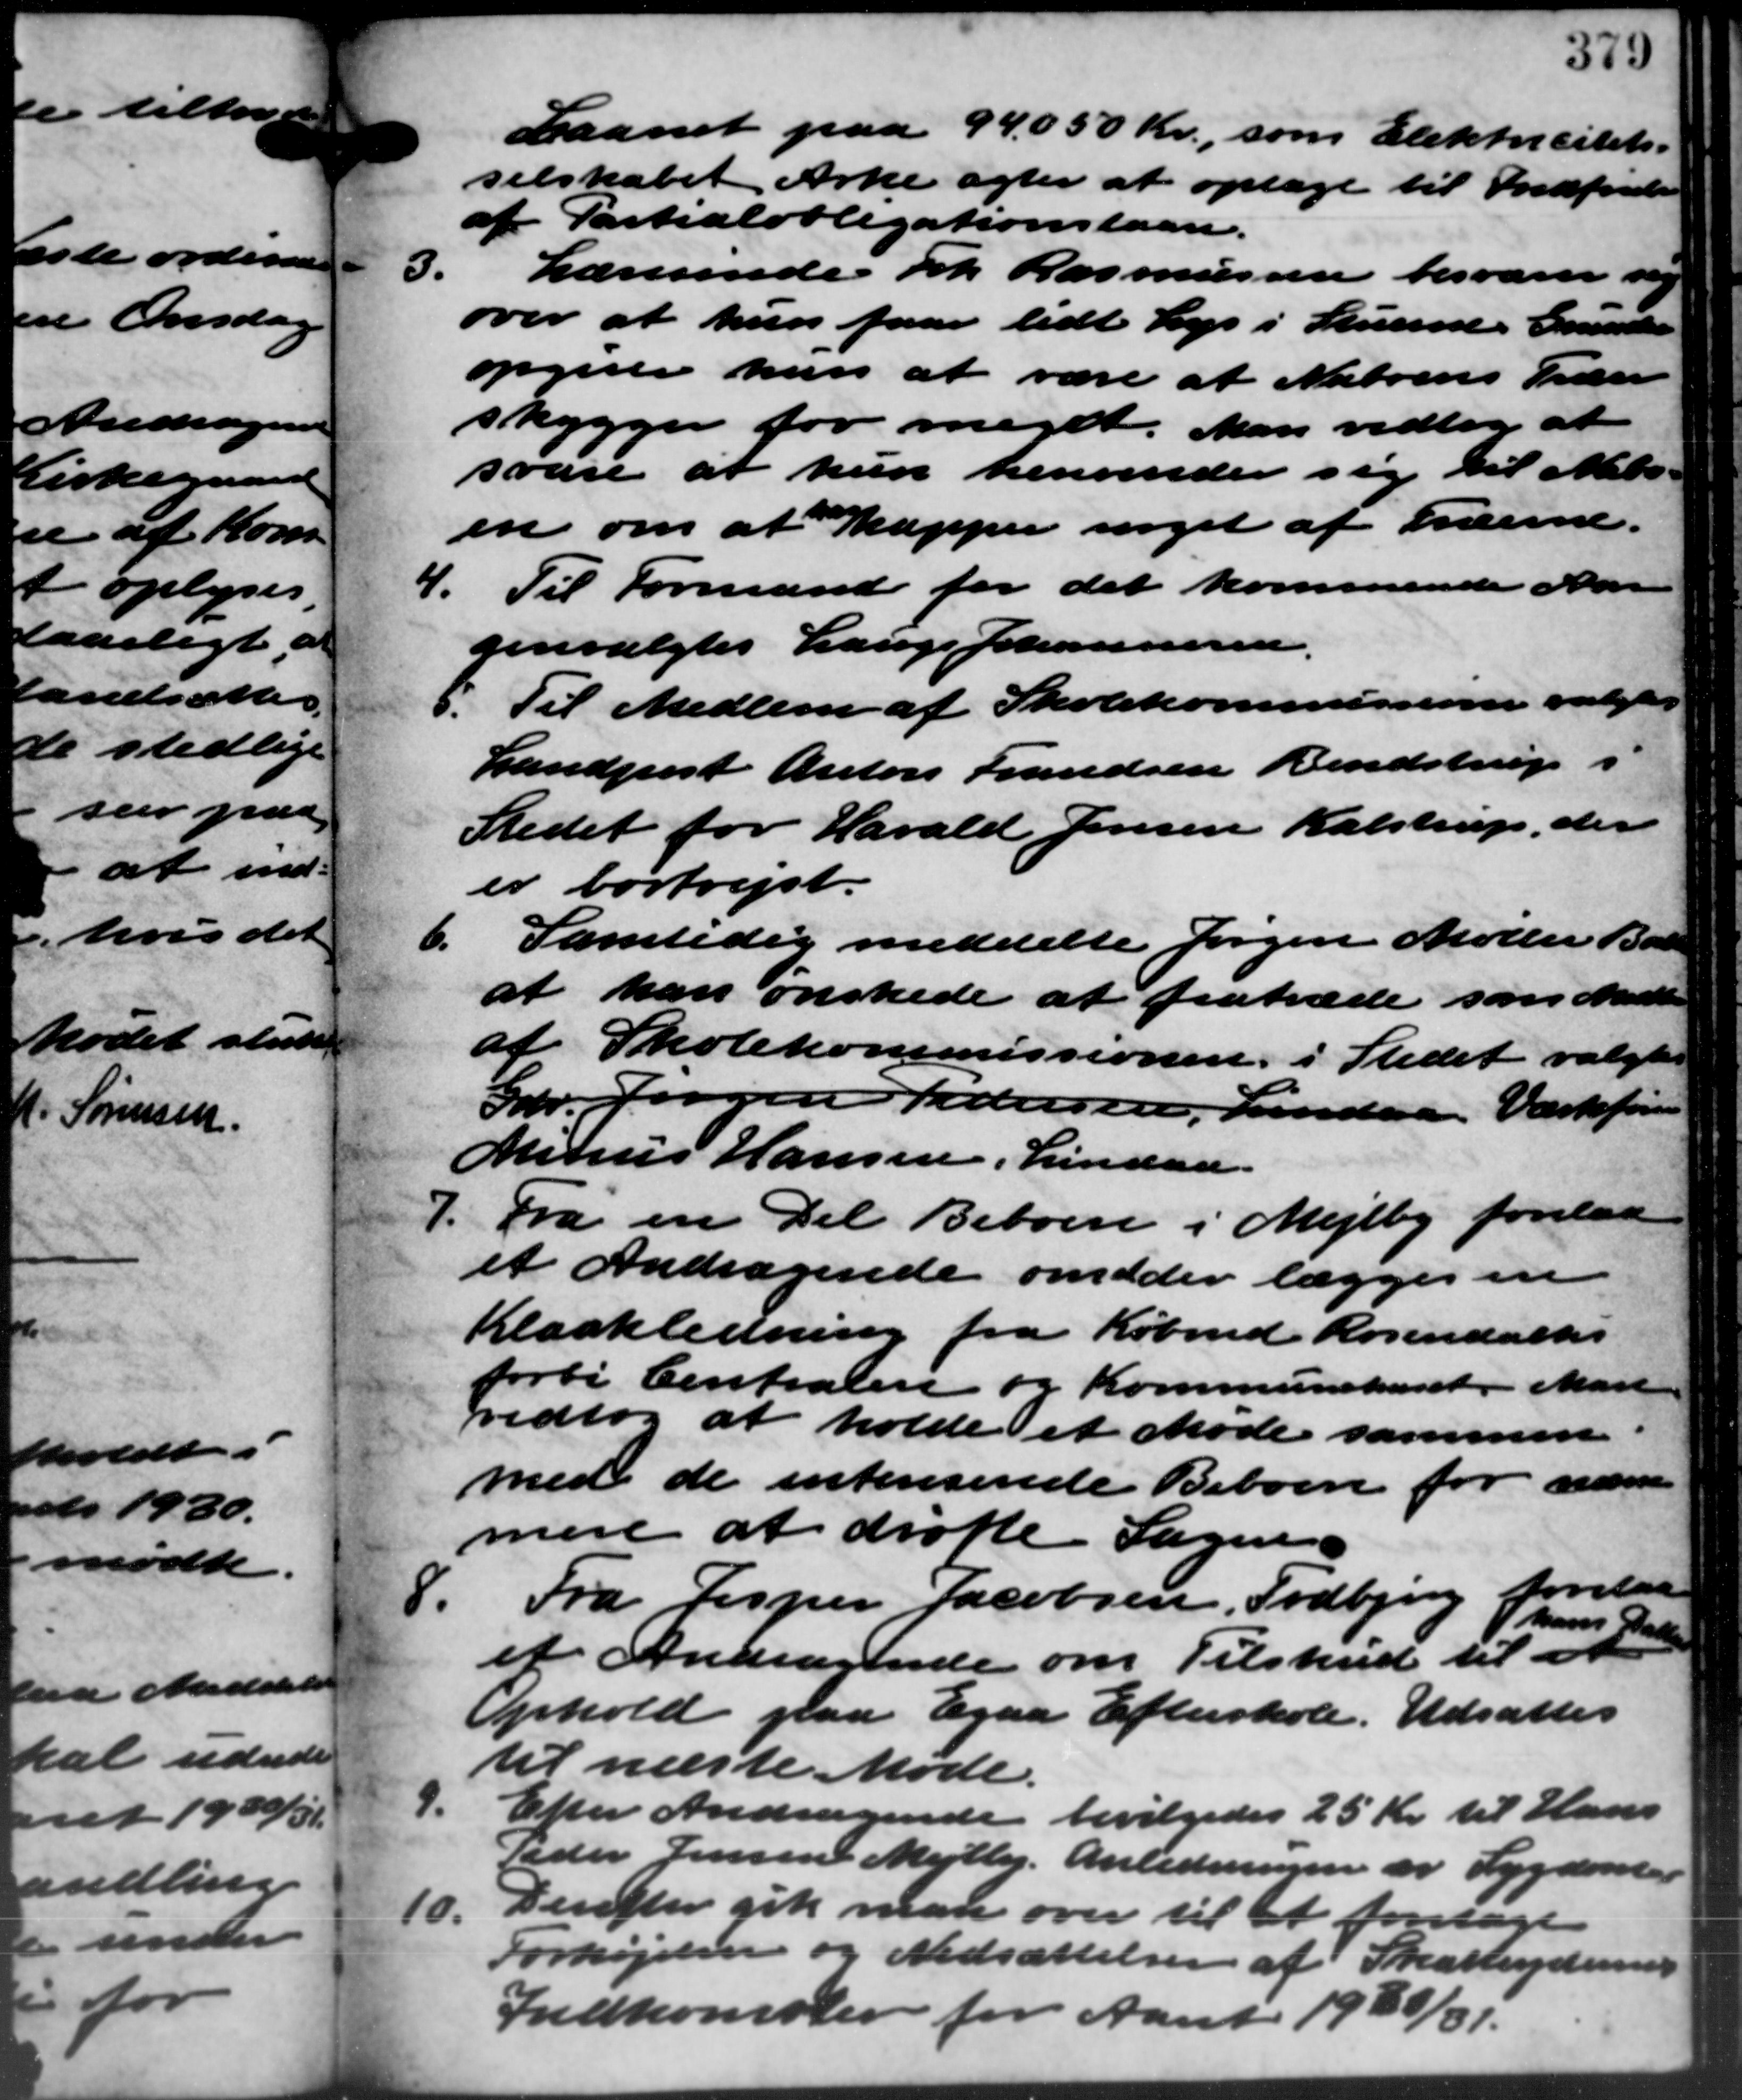
Transskription:
Laanet paa 94.050 Kr., som Elektricitets-
selskabet Arke agter at optage til Indførelse
af Partialobligationslaan.
3.
Lærerinde Frk. Rasmussen besvarer sig
over at hun faar lidt Lys i Stuerne. Grunder
opgeste hun at være at Naboens Sider
skygger for meget. Man vedtog at
svare at kun henvender sig til Nabo-
en om at Kapper noget af Træerne.
4. Til Formand for det kommende Aar
4. Til Formand for det kommende Aar
genvalgtes Lauge Johannesen.
8. Til Medlem af Skolekommissionen valgtes
8. Til Medlem af Skolekommissionen valgtes
Landpost Anton Frandsen Bendstrup i
Stedet for Harald Jensen Kalstrup, der
er bortrejst.
6. Samtidig meddelte Jørgen Møller Ball
6. Samtidig meddelte Jørgen Møller Ball
at han ønskede at fratræde som Medlem
af Skolekommissionen i Stedet valgtes
Gdr. Jørgen Pedersen, Lindaa Værkføren
Minus Hansen, Lindaa.
7. Fra en Del Beboere i Mejlby forelaa
7. Fra en Del Beboere i Mejlby forelaa
et Andragende om der lægges en
Kloakledning fra Købmd. Rosendalhes
forbi Centralen og Kommunehuset. Mart
vedtog at holde et Møde sammen
med de interesende Beboere for nævn
mere at drøfte Sagen
8. Fra Jesper Jacobsen, Todbjerg forelaa
8. Fra Jesper Jacobsen, Todbjerg forelaa
et Andragende om Tilskud til at
hans Datte
Ophold paa Egaa Efterskole. Udsattes
til næste Møde.
3
Efter Andragende bevilgedes 25 Kr. til Hans
Peder Jensen Mejlby. Anledningen er Sygdom.
10.
Derefter gik man over til at foretage
Forhøjelser og Nedsættelser af Skatteyderen
Indkomster for Aaret 1930/31.